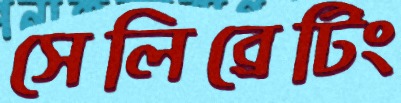
সেলিব্রেটিং